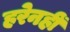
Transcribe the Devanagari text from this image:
हरेनहीं